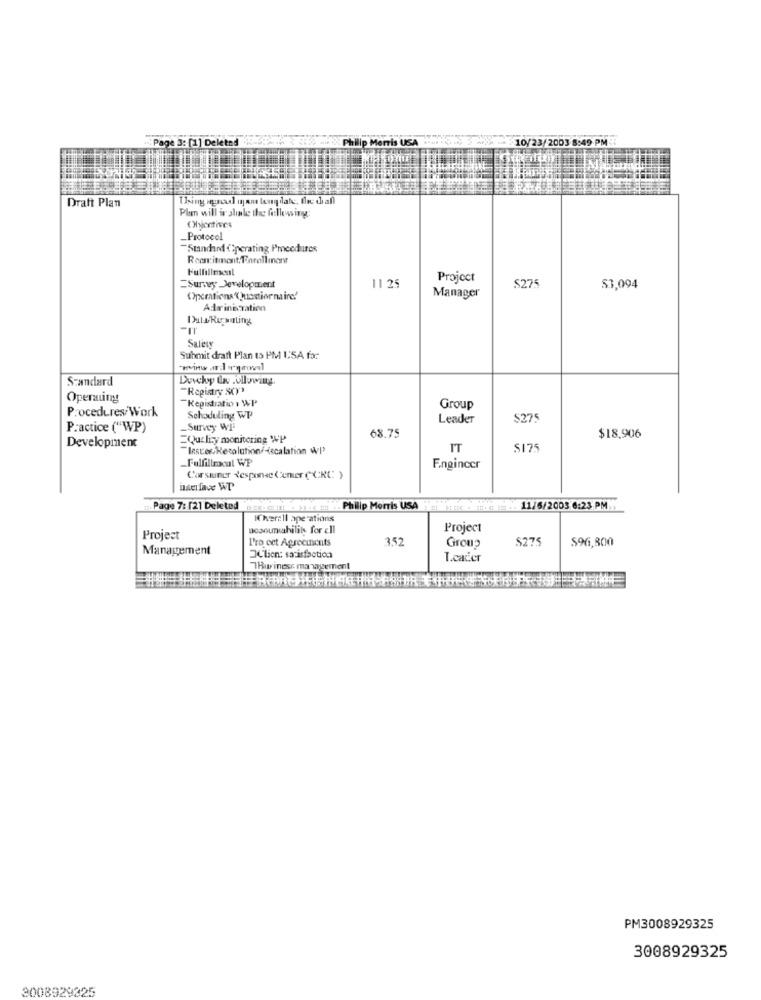
Page 3: [1] Delet
10/23/2003 8:
Draft Plan
Using agnad ufam longdate, fee chan
Plm will ir alle the following:
Oljentives
_Protocol
-Standard Operating Procedures
Recnitment Forallinone
Fulfillment
Project
Survey Development
11 25
$275
$3,094
Operations'Questionnaire!
Manager
Adrinization
Date-Regauting
Saleux
Submit draft Plan to PM 1:SA for
Standard
Duicky Qwv following.
"Registry SOY"
Operating
Registration WP
Procedures/Work
Group
Scheduling WP
Leader
$275
Practice ("WP)
Survey WE
Quelizy monitoring P
68.75
$18,906
Development
Insces Resolution/-decalation WI'
IT
$175
_Fulfillment WP
Enginccr
Corsiuner Response Center (X:RC: )
Page 7: [21 Deleted
Philip Morris USA
11/6/2003 6:23 PM
If hveril operations
aosouniability for ell
Project
Project
I'ro cet Agreements
3,52
$275
$96,800
Management
Group
JClien: satisfaction
1.cader
7Business management
PM3008929325
3008929325
3008929325